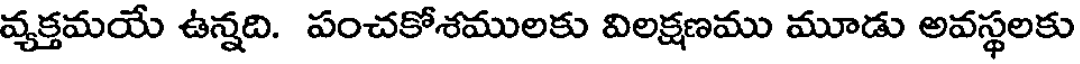
వ్యక్తమయే ఉన్నది. పంచకోశములకు విలక్షణము మూడు అవస్థలకు